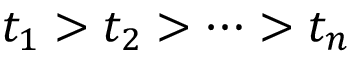
t _ { 1 } > t _ { 2 } > \cdots > t _ { n }